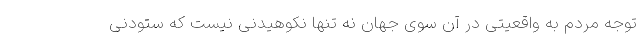
توجه مردم به واقعیتی در آن سوی جهان نه تنها نکوهیدنی نیست که ستودنی